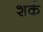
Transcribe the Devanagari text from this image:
शर्क